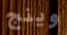
وينج